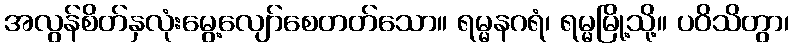
အလွန်စိတ်နှလုံးမွေ့လျော်စေတတ်သော။ ရမ္မနဂရံ၊ ရမ္မမြို့သို့။ ပဝိသိတွာ၊